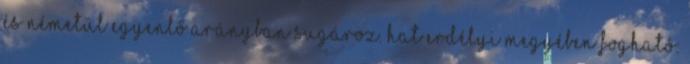
és németül egyenlő arányban sugároz. Hat erdélyi megyében fogható: